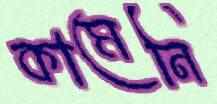
কামেনি